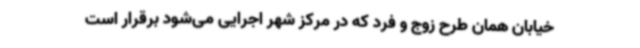
خیابان همان طرح زوج و فرد که در مرکز شهر اجرایی می‌شود برقرار است